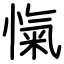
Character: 愾